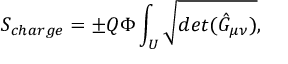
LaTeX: S _ { c h a r g e } = { \pm } Q { \Phi } \int _ { U } \sqrt { d e t ( { \hat { G } } _ { \mu \nu } ) } ,